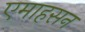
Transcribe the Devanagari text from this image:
एमाहसन